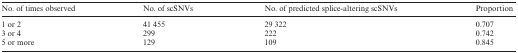
| No. of times observed | No. of scSNVs | No. of predicted splice-altering scSNVs | Proportion |
 | --- | --- | --- | --- |
 | 1 or 2 | 41 455 | 29 322 | 0.707 |
 | 3 or 4 | 299 | 222 | 0.742 |
 | 5 or more | 129 | 109 | 0.845 |